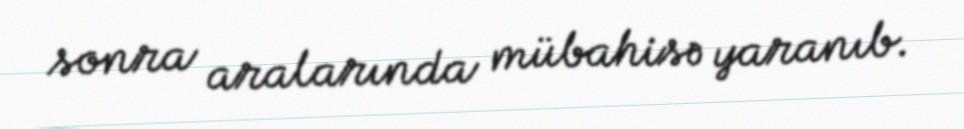
sonra aralarında mübahisə yaranıb.